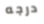
درجه